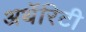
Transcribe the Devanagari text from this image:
अथॅरिटी